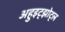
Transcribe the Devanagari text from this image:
अहुइट्झोट्ल